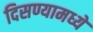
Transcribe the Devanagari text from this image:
दिसण्यामध्ये